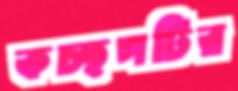
কচ্ছপটির